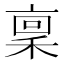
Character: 稟